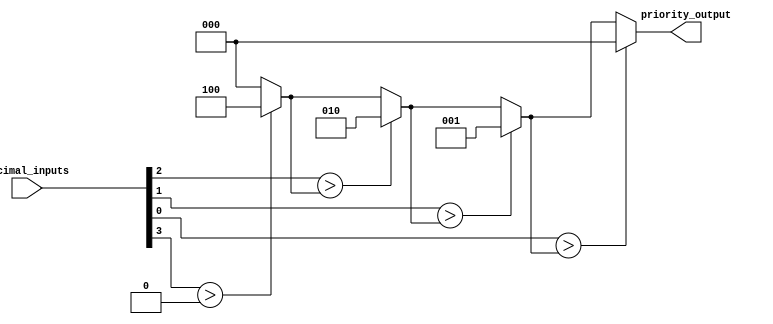
module decimal_priority_encoder (
    input [3:0] decimal_inputs,
    output reg [2:0] priority_output
);

always @* begin
    priority_output = 3'b000; // default priority is 0
    
    if(decimal_inputs[3] > priority_output)
        priority_output = 3'b100;
    
    if(decimal_inputs[2] > priority_output)
        priority_output = 3'b010;
    
    if(decimal_inputs[1] > priority_output)
        priority_output = 3'b001;
    
    if(decimal_inputs[0] > priority_output)
        priority_output = 3'b000;
    
end

endmodule